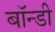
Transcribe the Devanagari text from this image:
बॉन्डी